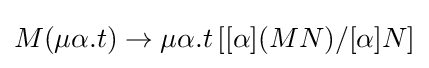
M(\mu \alpha .t)\to \mu \alpha .t\left[[\alpha ](MN)/[\alpha ]N\right]